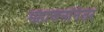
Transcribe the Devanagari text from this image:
महाजनांनंतर